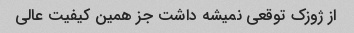
از ژوزک توقعی نمیشه داشت جز همین کیفیت عالی